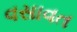
વસાવત